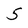
Character: 5